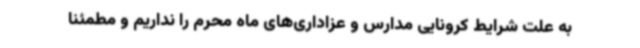
به علت شرایط کرونایی مدارس و عزاداری‌های ماه محرم را نداریم و مطمئناً